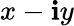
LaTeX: x-\mathbf{i}y